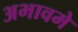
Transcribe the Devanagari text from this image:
अभावमे